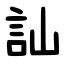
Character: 訕